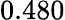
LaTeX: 0.480